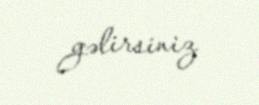
gəlirsiniz.